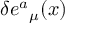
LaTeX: \delta e { ^ a } _ { \mu } ( x )